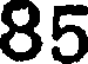
85